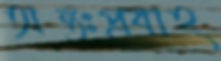
অন্তঃপ্রবাহ